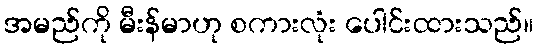
အမည်ကို မီးန်မာဟု စကားလုံး ပေါင်းထားသည်။